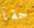
حقآ